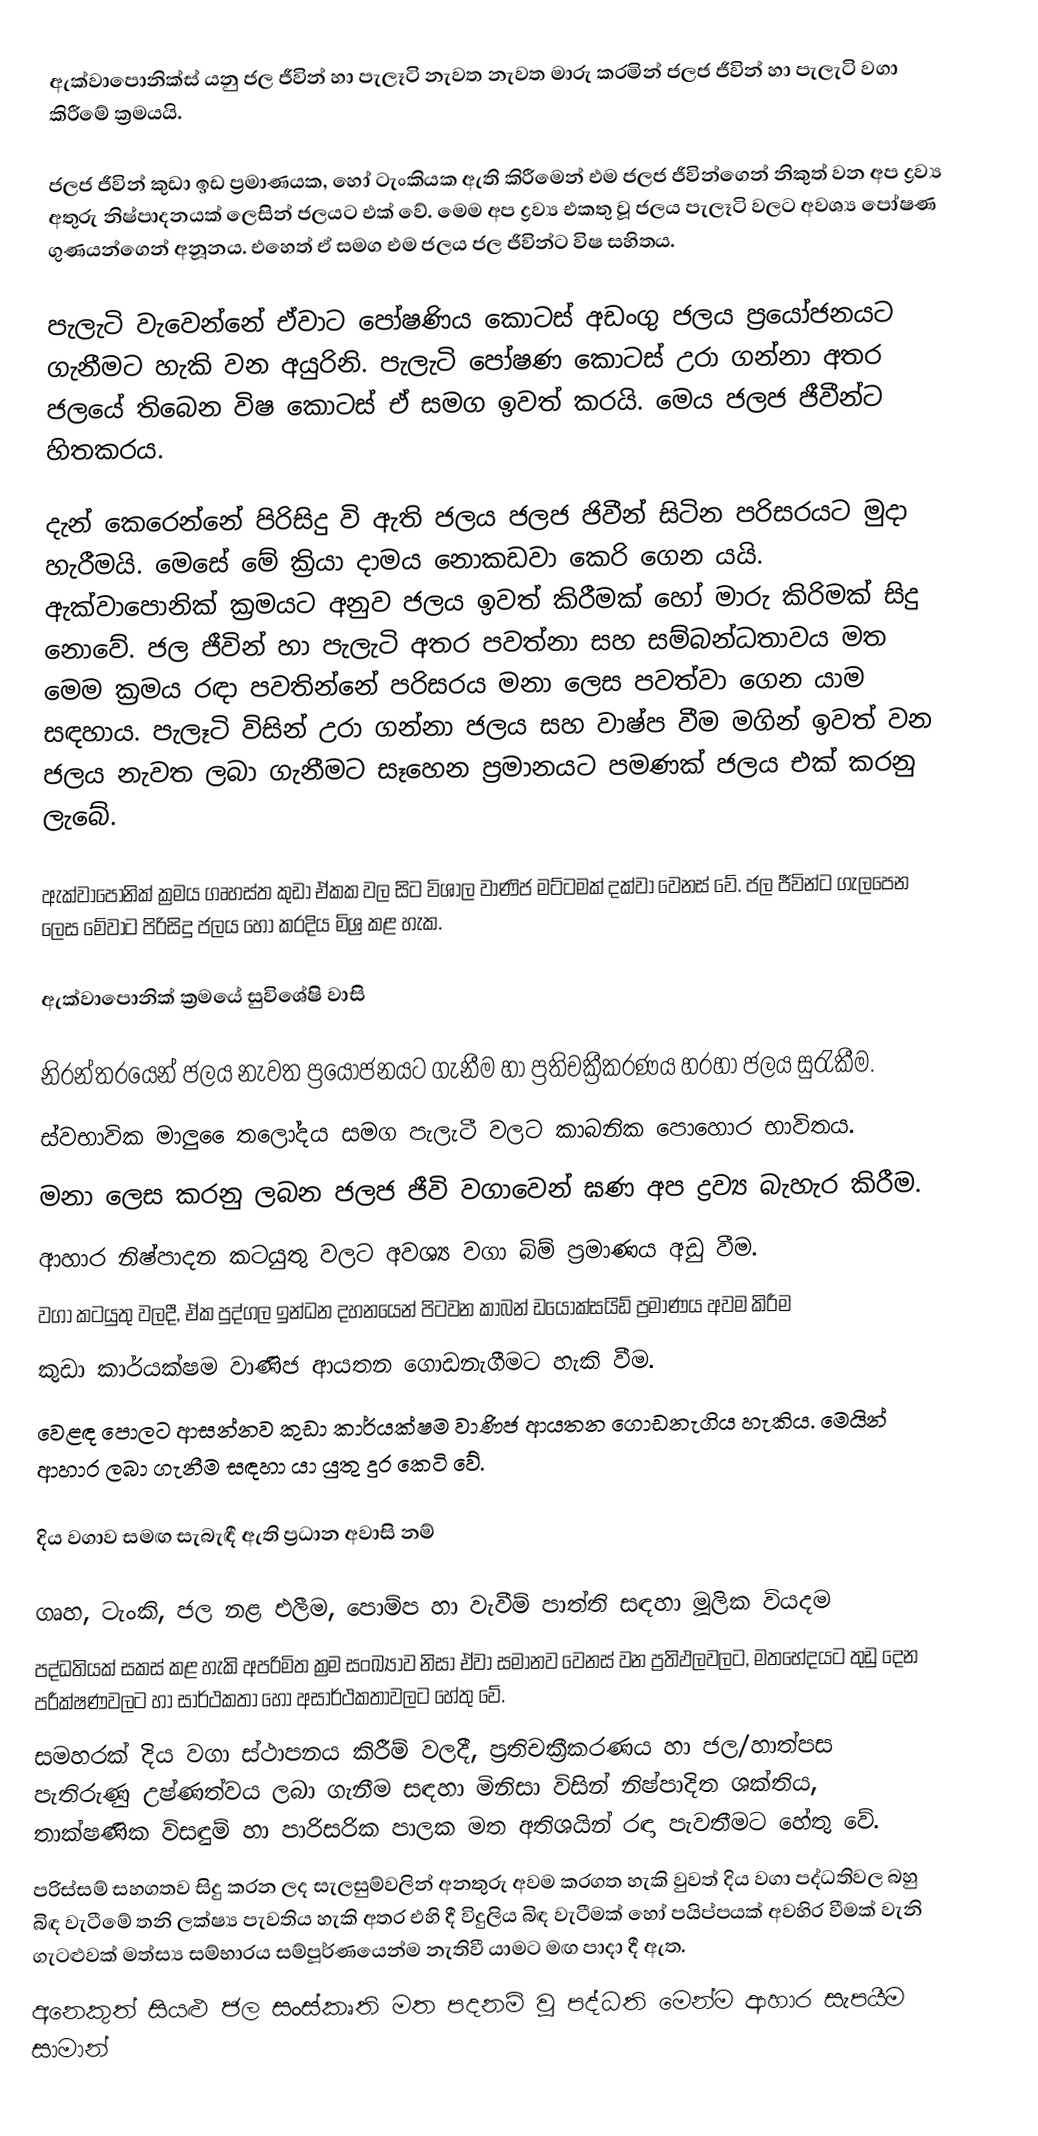
ඇක්වාපොනික්ස් යනු ජල ජීවින් හා පැලෑටි නැවත නැවත මාරු කරමින් ජලජ ජීවින් හා පැලැටි වගා කිරීමේ ක්‍රමයයි.

ජලජ ජීවින් කුඩා ඉඩ ප්‍රමාණයක, හෝ ටැංකියක ඇති කිරීමෙන් එම ජලජ ජීවින්ගෙන් නිකුත් වන අප ද්‍රව්‍ය අතුරු නිෂ්පාදනයක් ලෙසින් ජලයට එක් වේ. මෙම අප ද්‍රව්‍ය එකතු වූ ජලය පැලෑටි වලට අවශ්‍ය පෝෂණ ගුණයන්ගෙන් අනූනය. එහෙත් ඒ සමග එම ජලය ජල ජීවින්ට විෂ සහිතය.

පැලැටි වැවෙන්නේ ඒවාට පෝෂණිය කොටස් අඩංගු ජලය ප්‍රයෝජනයට ගැනීමට හැකි වන අයුරිනි. පැලැටි පෝෂණ කොටස් උරා ගන්නා අතර ජලයේ තිබෙන විෂ කොටස් ඒ සමග ඉවත් කරයි. මෙය ජලජ ජීවීන්ට හිතකරය.

දැන් කෙරෙන්නේ පිරිසිදු වි ඇති ජලය ජලජ ජිවීන් සිටින පරිසරයට මුදා හැරීමයි. මෙසේ මේ ක්‍රියා දාමය නොකඩවා කෙරි ගෙන යයි. ඇක්වාපොනික් ක්‍රමයට අනුව ජලය ඉවත් කිරීමක් හෝ මාරු කිරිමක් සිදු නොවේ. ජල ජීවින් හා පැලැටි අතර පවත්නා සහ සම්බන්ධතාවය මත මෙම ක්‍රමය රඳා පවතින්නේ පරිසරය මනා ලෙස පවත්වා ගෙන යාම සඳහාය. පැලෑටි විසින් උරා ගන්නා ජලය සහ වාෂ්ප වීම මගින් ඉවත් වන ජලය නැවත ලබා ගැනීමට සෑහෙන ප්‍රමානයට පමණක් ජලය එක් කරනු ලැබේ.

ඇක්වාපොනික් ක්‍රමය ගෘහස්ත කුඩා ඒකක වල සිට විශාල වාණිජ මට්ටමක් දක්වා වෙනස් වේ. ජල ජීවින්ට ගැලපෙන ලෙස මේවාට පිරිසිදු ජලය හෝ කරදිය මිශ්‍ර කළ හැක.

ඇක්වාපොනික් ක්‍රමයේ සුවිශේෂි වාසි

	නිරන්තරයෙන් ජලය නැවත ප්‍රයෝජනයට ගැනීම හා ප්‍රතිචක්‍රීකරණය හරහා ජලය සුරැකීම.
	ස්වභාවික මාලු ‍ෛතලෝදය සමග පැලැටී වලට කාබනික පොහොර භාවිතය.
	මනා ලෙස කරනු ලබන ජලජ ජීවි වගාවෙන් ඝණ අප ද්‍රව්‍ය බැහැර කිරීම.
	ආහාර නිෂ්පාදන කටයුතු වලට අවශ්‍ය වගා බිම් ප්‍රමාණය අඩු වීම.
       වගා කටයුතු වලදී, ඒක පුද්ගල ඉන්ධන දහනයෙන් පිටවන කාබන් ඩයොක්සයිඩ් ප්‍රමාණය අවම කිරීම
	කුඩා කාර්යක්ෂම වාණිජ ආයතන ගොඩනැගීමට හැකි වීම.
	වෙළඳ පොලට ආසන්නව කුඩා කාර්යක්ෂම වාණිජ ආයතන ගොඩනැගිය හැකිය. මෙයින් ආහාර ලබා ගැනීම සඳහා යා යුතු දුර කෙටි වේ.

දිය වගාව සමඟ සැබැඳී ඇති ප්‍රධාන අවාසි නම්

	ගෘහ, ටැංකි, ජල නළ එලීම, පොම්ප හා වැවීම් පාත්ති සඳහා මූලික වියදම
	පද්ධතියක් සකස් කළ හැකි අපරිමිත ක්‍රම සංඛ්‍යාව නිසා ඒවා සමානව වෙනස් වන ප්‍රතිඵලවලට, මතභේදයට තුඩු දෙන පරීක්ෂණවලට හා සාර්ථකතා හෝ අසාර්ථකතාවලට හේතු වේ.
	සමහරක් දිය වගා ස්ථාපනය කිරීම් වලදී, ප්‍රතිචක්‍රීකරණය හා ජල/හාත්පස පැතිරුණු උෂ්ණත්වය ලබා ගැනීම සඳහා මිනිසා විසින් නිෂ්පාදිත ශක්තිය, තාක්ෂණික විසඳුම් හා පාරිසරික පාලක මත අතිශයින් රඳා පැවතීමට හේතු වේ.
	පරිස්සම් සහගතව සිදු කරන ලද සැලසුම්වලින් අනතුරු අවම කරගත හැකි වුවත් දිය වගා පද්ධතිවල බහු බිඳ වැටීමේ තනි ලක්ෂ්‍ය පැවතිය හැකි අතර එහි දී විදුලිය බිඳ වැටීමක් හෝ පයිප්පයක් අවහිර වීමක් වැනි ගැටළුවක් මත්ස්‍ය සම්භාරය සම්පූර්ණයෙන්ම නැතිවී යාමට මඟ පාදා දී ඇත.
	අනෙකුත් සියළු ජල සංස්කෘති මත පදනම් වූ පද්ධති මෙන්ම ආහාර සැපයීම සාමාන්